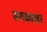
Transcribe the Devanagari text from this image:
सगळ्यावर